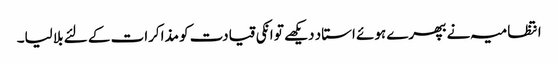
انتظامیہ نے بھپرے ہوئے استاد دیکھے تو انکی قیادت کو مذاکرات کے لئے بلا لیا۔